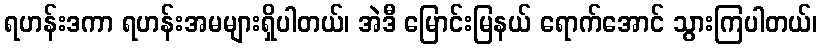
ရဟန်းဒကာ ရဟန်းအမများရှိပါတယ်၊ အဲဒီ မြောင်းမြနယ် ရောက်အောင် သွားကြပါတယ်၊